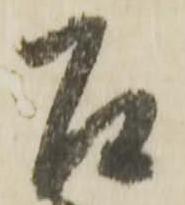
召